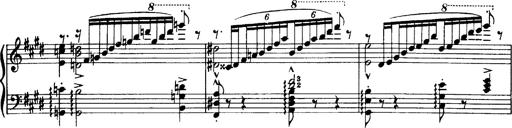
Title: OuvertÃ¼re zu TannhÃ¤user
Composer: Franz Liszt